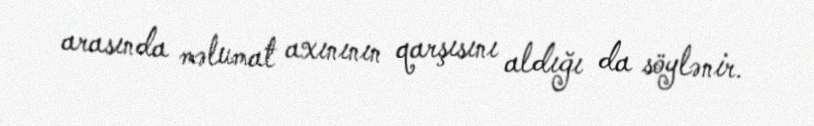
arasında məlumat axınının qarşısını aldığı da söylənir.